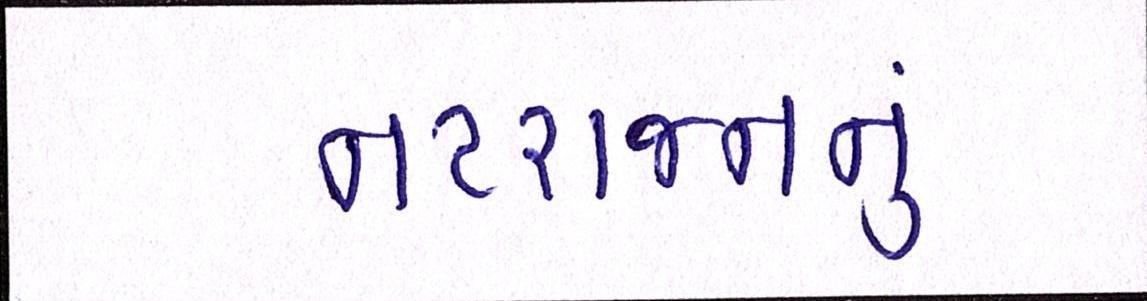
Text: નટરાજનનું